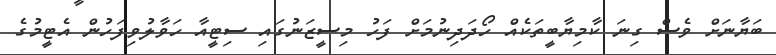
ބަޔާނަށް ވެސް ގިނަ ކާމިޔާބީތަކެއް ހޯދަދިނުމަށް ފަހު މިސީޒަނުގައި ސިޓީއާ ހަވާލުވިފަހުން އެޓީމުގެ